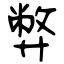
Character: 弊